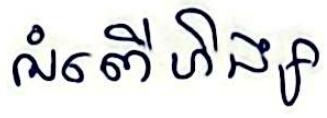
អំពើហិង្សា